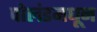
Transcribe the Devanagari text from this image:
पोलंडमधून